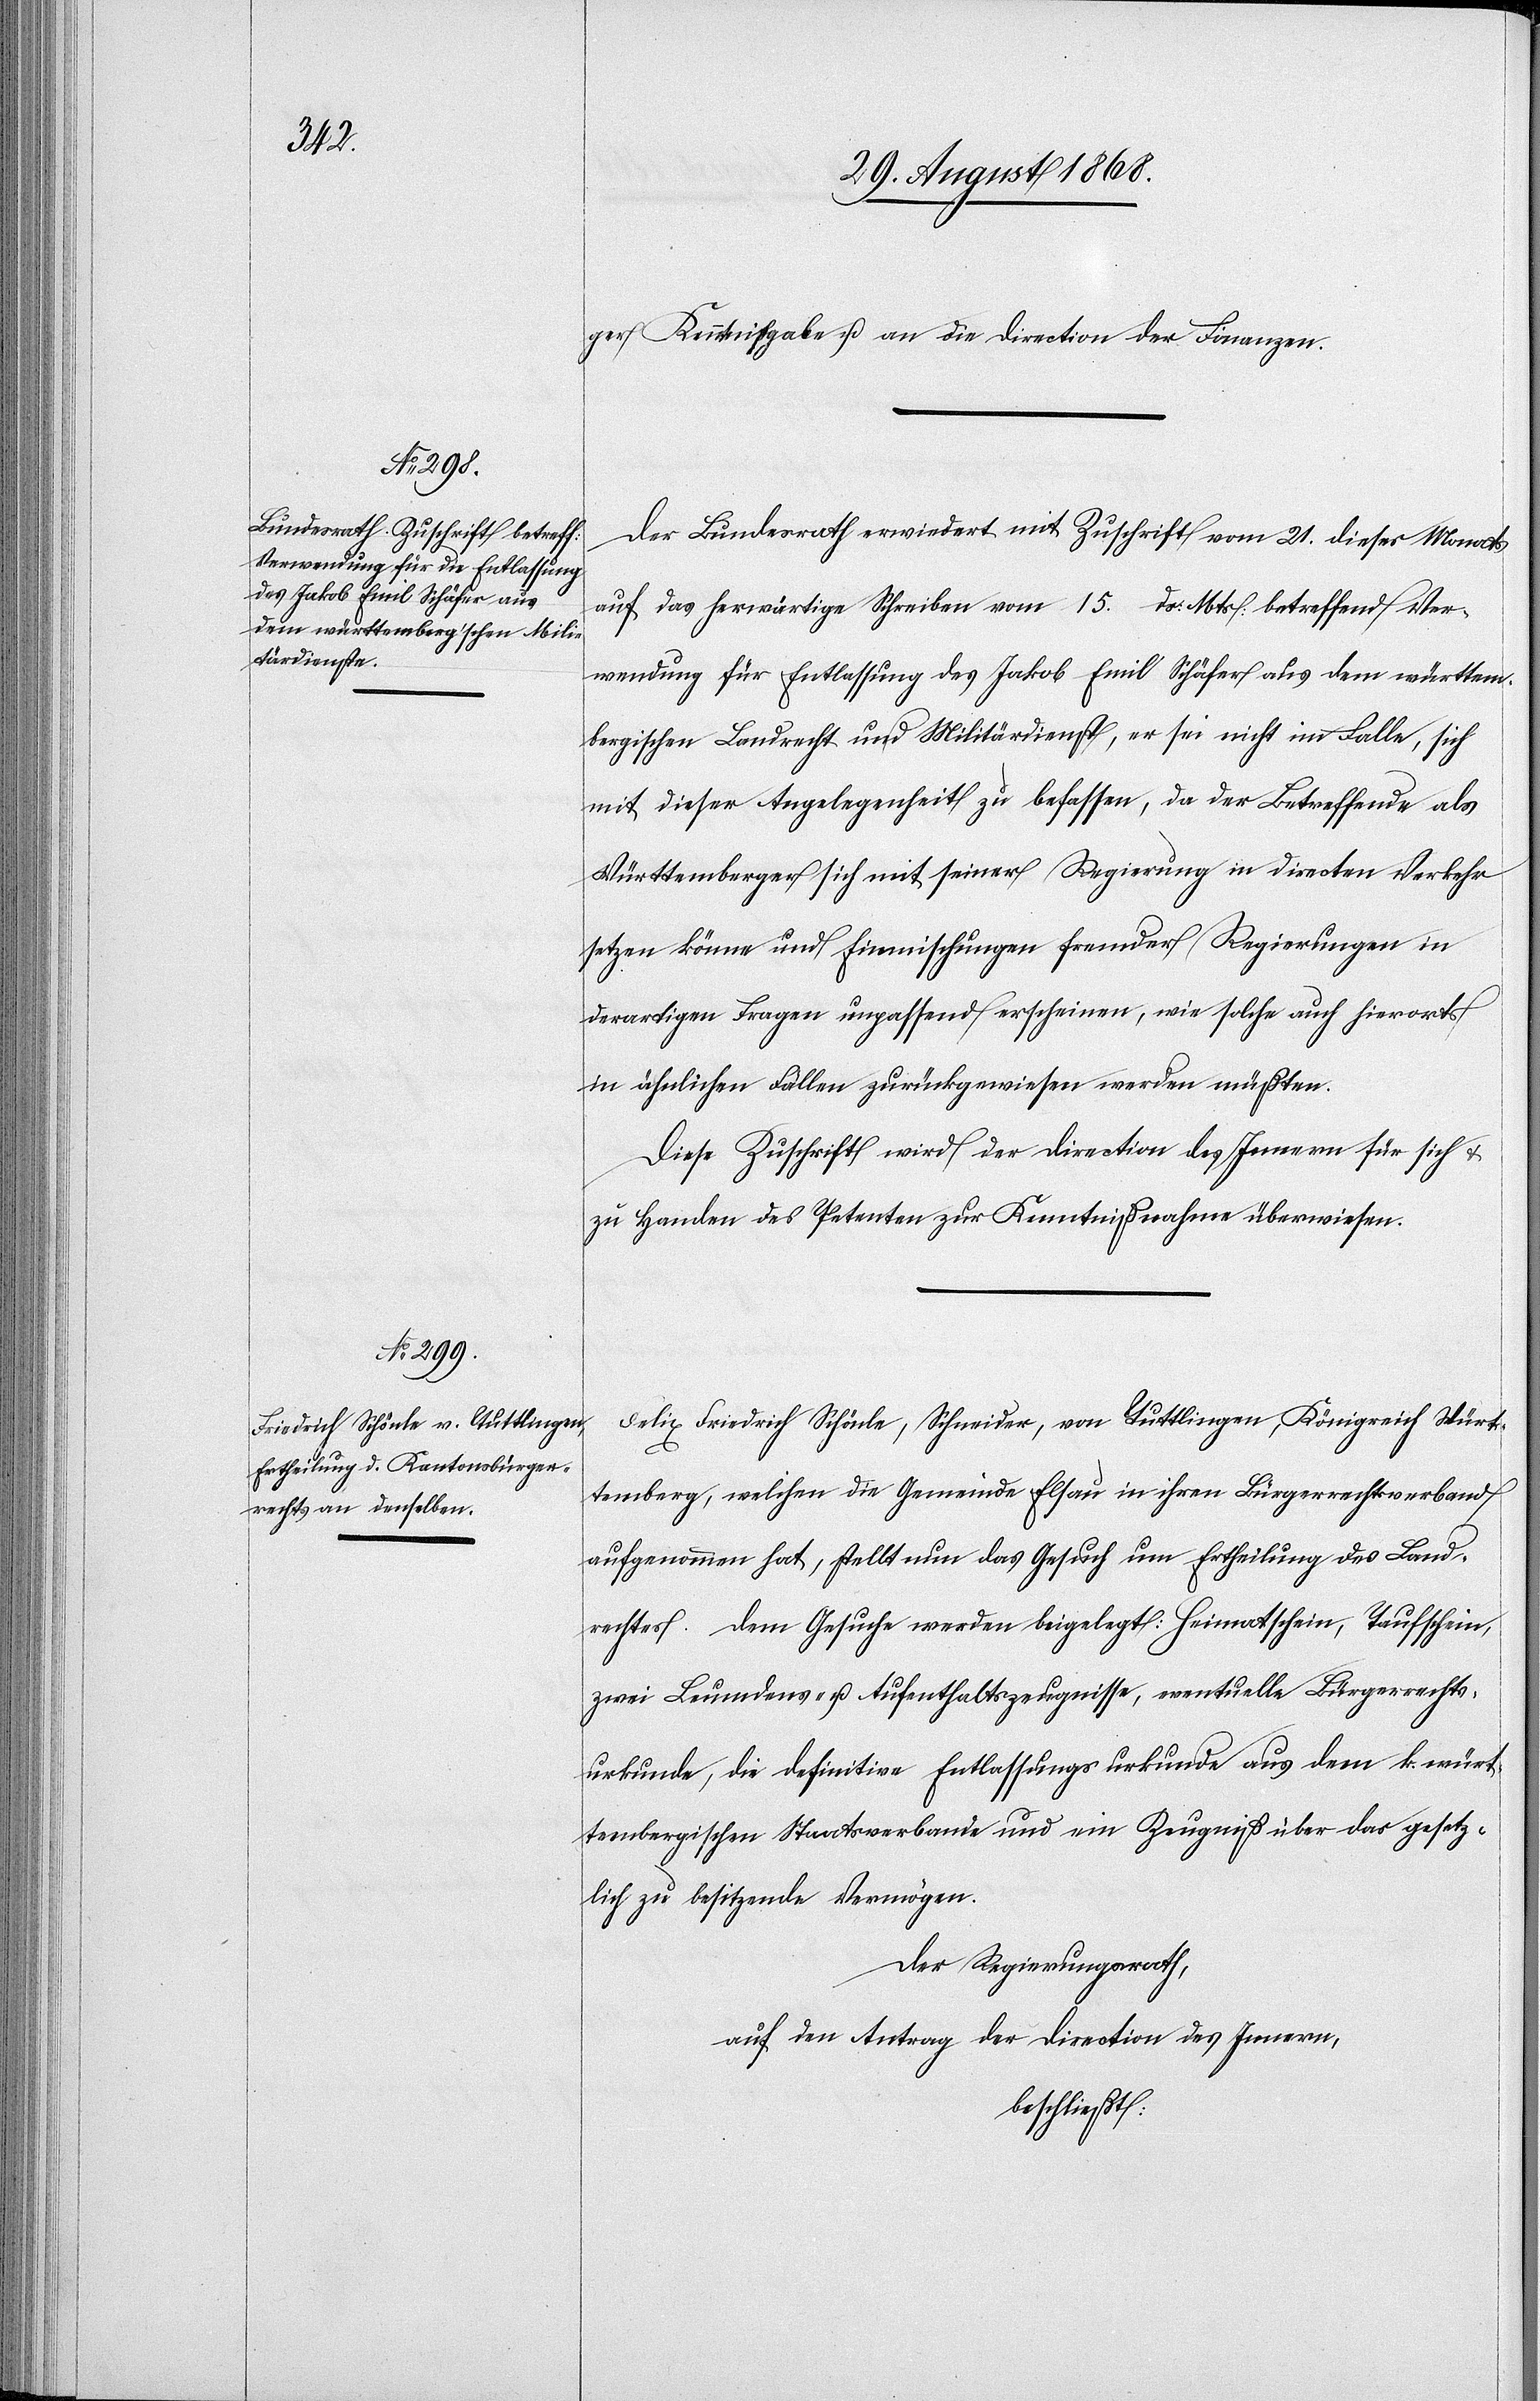
ger Kenntnißgabe u. an die Direction der Finanzen.
Der Bundesrath erwiedert mit Zuschrift vom 21. dieses Monats
auf das herwärtige Schreiben vom 15. ds: Mts. betreffend Ver¬
wendung für Entlassung des Jakob Emil Schäfer aus dem württem¬
bergischen Landrecht und Militärdienst, er sei nicht im Falle, sich
mit dieser Angelegenheit zu befassen, da der Betreffende als
Württemberger sich mit seiner Regierung in directen Verkehr
setzen könne und Einmischungen fremder Regierungen in
derartigen Fragen unpassend erscheinen, wie solche auch hierorts
in ähnlichen Fällen zurückgewiesen werden müßten.
Diese Zuschrift wird der Direction des Innern für sich &
zu Handen des Petenten zur Kenntnißnahme überwiesen.
Felix Friedrich Schönle, Schneider, von Tuttlingen, Königreich Würt¬
temberg, welchen die Gemeinde Elsau in ihren Bürgerrechtsverband
aufgenommen hat, stellt nun das Gesuch um Ertheilung des Land¬
rechtes. Dem Gesuche werden beigelegt: Heimatschein, Taufschein,
zwei Leumdens- u. Aufenthaltszeugnisse, eventuelle Bürgerrechts¬
urkunde, die definitive Entlassungsurkunde aus dem k. würt¬
tembergischen Staatsverbande und ein Zeugniß über das gesetz¬
lich zu besitzende Vermögen.
Der Regierungsrath,
auf den Antrag der Direction des Innern,
beschließt: